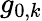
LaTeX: g_{0,k}